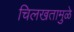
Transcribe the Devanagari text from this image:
चिलखतामुळे